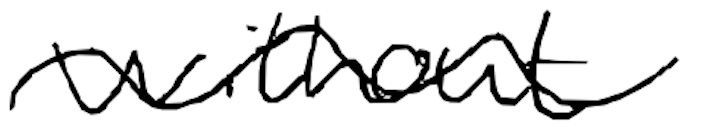
Text: without
Cross-out: wave
Writing tool: digital_black